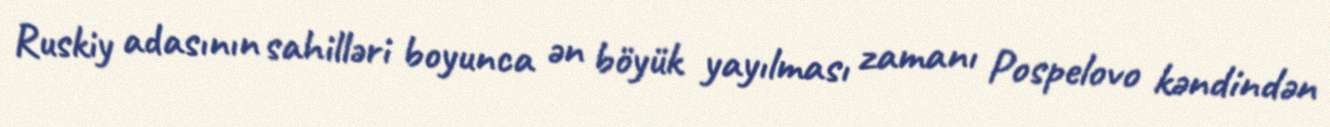
Ruskiy adasının sahilləri boyunca ən böyük yayılması zamanı Pospelovo kəndindən